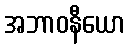
အဘာဝနီယော